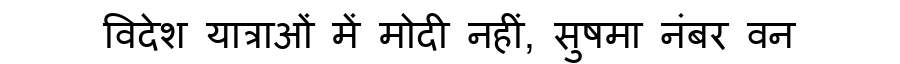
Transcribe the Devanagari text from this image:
विदेश यात्राओं में मोदी नहीं, सुषमा नंबर वन